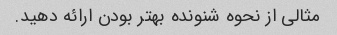
مثالی از نحوه شنونده بهتر بودن ارائه دهید.